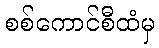
စစ်ကောင်စီထံမှ